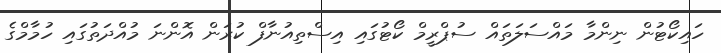
ހައިކޯޓުން ނިންމާ މައްސަލަތައް ސުޕްރީމް ކޯޓުގައި އިސްތިއުނާފް ކުރަން އޮންނަ މުއްދަތުގައި ހުމާމްގެ